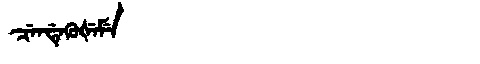
Manchu: ᠴᡝᠨᡩᡝᡴᡠᡧᡝᠮᡝ
Romanization: CENDEKUŠEME